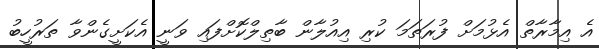
އެ އިމާރާތް އެޅުމަށް ފުރަތަމަ ކުރި އިއުލާން ބާތިލްކޮށްފައި ވަނީ އެކަށީގެންވާ ތަރުހީބު